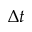
\Delta t